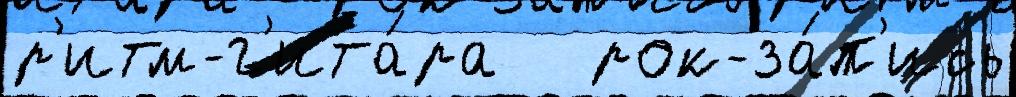
р'итм-г'ита́ра   рок-за́п'ись